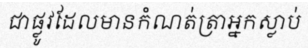
ជាផ្លូវដែលមានកំណត់ត្រាអ្នកស្លាប់